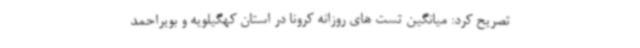
تصریح کرد: میانگین تست های روزانه کرونا در استان کهگیلویه و بویراحمد